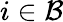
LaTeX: i\in{\cal B}